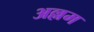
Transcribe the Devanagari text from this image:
अल्लम